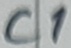
Text: C1